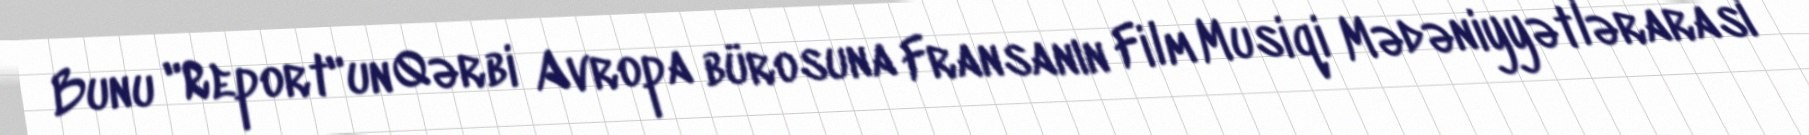
Bunu "Report"un Qərbi Avropa bürosuna Fransanın Film Musiqi Mədəniyyətlərarası